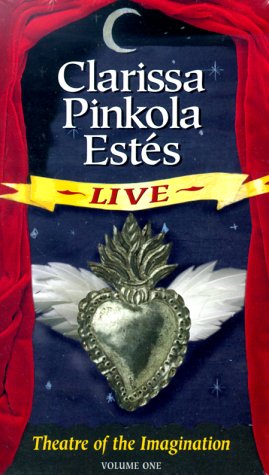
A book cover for Clarissa Pinkola Estes Live: Theatre of the Imagination; Clarissa Pinkola EstÃ©s; Literature & Fiction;